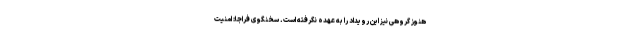
هنوز گروهی نیز این رویداد را به عهده نگرفته است. سخنگوی فراجا: امنیت